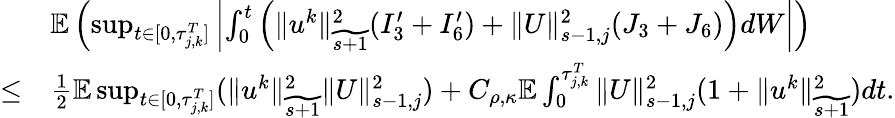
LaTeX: \begin{array}{rl}&{\mathbb E\left(\operatorname*{sup}_{t\in[0,\tau_{j,k}^{T}]}\left|\int_{0}^{t}\Big(\| u^{k}\| _{\widetilde{s+1}}^{2}(I_{3}^{\prime}+I_{6}^{\prime})+\| U\| _{s-1,j}^{2}(J_{3}+J_{6})\Big)dW\right|\right)}\\ {\leq}&{\frac 12\mathbb E\operatorname*{sup}_{t\in[0,\tau_{j,k}^{T}]}(\| u^{k}\| _{\widetilde{s+1}}^{2}\| U\| _{s-1,j}^{2})+C_{\rho,\kappa}\mathbb E\int_{0}^{\tau_{j,k}^{T}}\| U\| _{s-1,j}^{2}(1+\| u^{k}\| _{\widetilde{s+1}}^{2})dt.}\end{array}